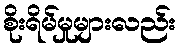
စိုးရိမ်မှုများလည်း